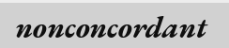
nonconcordant